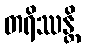
တရိဿန္တိ